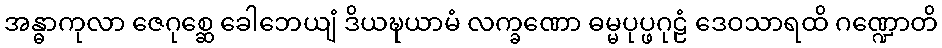
အန္ဓာကုလာ ဇေဂုစ္ဆေ ခေါဘေယျံ ဒိယဍ္ဎယာမံ လက္ခဏော ဓမ္မပုပ္ဖဂုဠံ ဒေဝသာရထိ ဂဏ္ဍောတိ